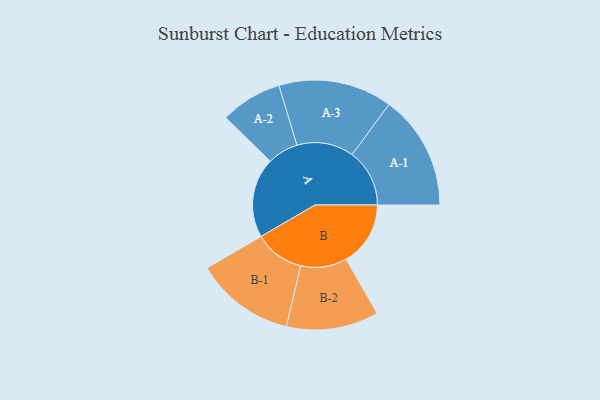
{"axis": {"x": "Segment", "y": "Value"}, "legend": ["", "A", "B"], "data": [{"x": "A", "y": 417, "type": ""}, {"x": "B", "y": 336, "type": ""}, {"x": "A-1", "y": 300, "type": "A"}, {"x": "A-2", "y": 161, "type": "A"}, {"x": "A-3", "y": 297, "type": "A"}, {"x": "B-1", "y": 260, "type": "B"}, {"x": "B-2", "y": 241, "type": "B"}]}